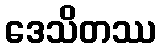
ဒေသိတဿ